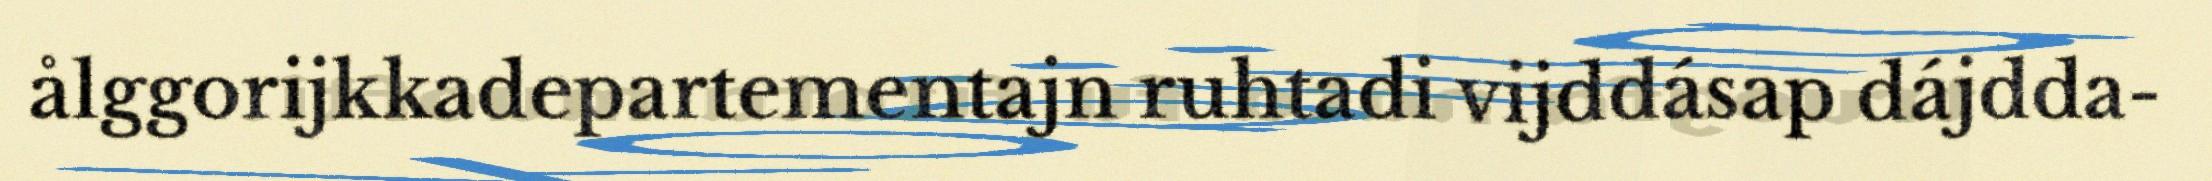
ålggorijkkadepartementajn ruhtadi vijddásap dájdda-